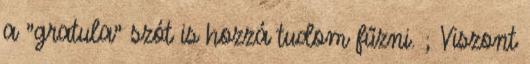
a "gratula" szót is hozzá tudom fűzni. ; Viszont